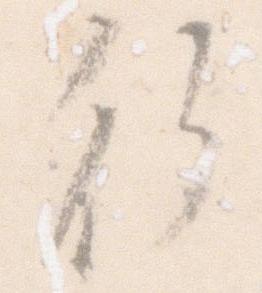
行